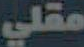
مقلي